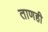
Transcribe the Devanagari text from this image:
ताणही